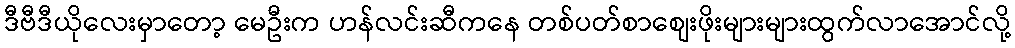
ဒီဗီဒီယိုလေးမှာတော့ မေဦးက ဟန်လင်းဆီကနေ တစ်ပတ်စာစျေးဖိုးများများထွက်လာအောင်လို့